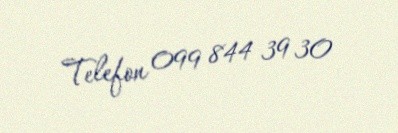
Telefon 099 844 39 30